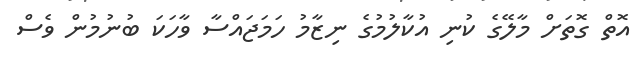
އޮތް ގޮތަށް މާލޭގެ ކުނި އުކާލުމުގެ ނިޒާމު ހަމަޖައްސާ ވާހަކަ ބުނުމުން ވެސް